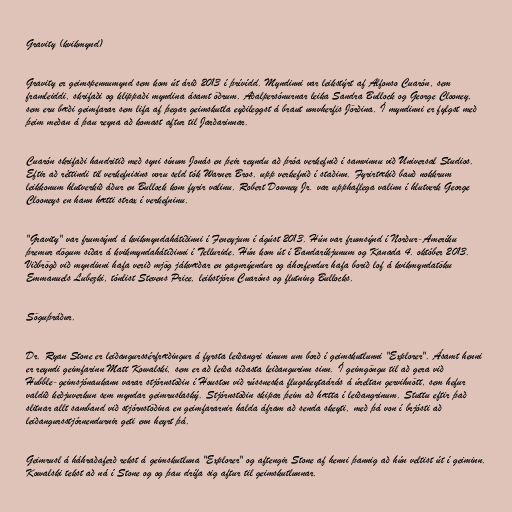
Gravity (kvikmynd)

Gravity er geimspennumynd sem kom út árið 2013 í þrívídd. Myndinni var leikstýrt af Alfonso Cuarón, sem
framleiddi, skrifaði og klippaði myndina ásamt öðrum. Aðalpersónurnar leika Sandra Bullock og George Clooney,
sem eru bæði geimfarar sem lifa af þegar geimskutla eyðileggst á braut umvherfis Jörðina. Í myndinni er fylgst með
þeim meðan á þau reyna að komast aftur til Jarðarinnar.

Cuarón skrifaði handritið með syni sínum Jonás en þeir reyndu að þróa verkefnið í samvinnu við Universal Studios.
Eftir að réttindi til verkefnisins voru seld tók Warner Bros. upp verkefnið í staðinn. Fyrirtækið bauð nokkrum
leikkonum hlutverkið áður en Bullock kom fyrir valinu. Robert Downey Jr. var upphaflega valinn í hlutverk George
Clooneys en hann hætti strax í verkefninu.

"Gravity" var frumsýnd á kvikmyndahátíðinni í Feneyjum í ágúst 2013. Hún var frumsýnd í Norður-Ameríku
þremur dögum síðar á kvikmyndahátíðinni í Telluride. Hún kom út í Bandaríkjunum og Kanada 4. október 2013.
Viðbrögð við myndinni hafa verið mjög jákvæðar en gagnrýendur og áhorfendur hafa borið lof á kvikmyndatöku
Emmanuels Lubezki, tónlist Stevens Price, leikstjórn Cuaróns og flutning Bullocks.

Söguþráður.

Dr. Ryan Stone er leiðangurssérfræðingur á fyrsta leiðangri sínum um borð í geimskutlunni "Explorer". Ásamt henni
er reyndi geimfarinn Matt Kowalski, sem er að leiða síðasta leiðangurinn sinn. Í geimgöngu til að gera við
Hubble-geimsjónaukann varar stjórnstöðin í Houston við rússneska flugskeytaárás á úreltan gervihnött, sem hefur
valdið keðjuverkun sem myndar geimruslaský. Stjórnstöðin skipar þeim að hætta í leiðangrinum. Stuttu eftir það
slitnar allt samband við stjórnstöðina en geimfararnir halda áfram að senda skeyti, með þá von í brjósti að
leiðangursstjórnendurnir geti enn heyrt þá.

Geimrusl á háhraðaferð rekst á geimskutluna "Explorer" og aftengir Stone af henni þannig að hún veltist út í geiminn.
Kowalski tekst að ná í Stone og og þau drífa sig aftur til geimskutlunnar.